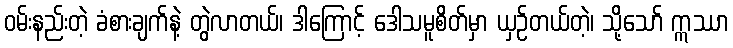
ဝမ်းနည်းတဲ့ ခံစားချက်နဲ့ တွဲလာတယ်၊ ဒါကြောင့် ဒေါသမူစိတ်မှာ ယှဉ်တယ်တဲ့၊ သို့သော် ဣဿာ